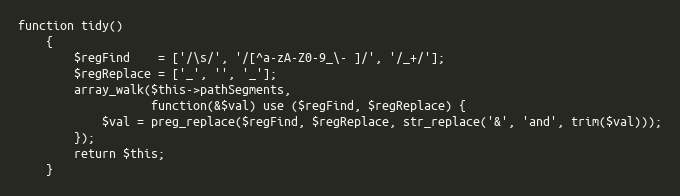
Language: PHP
function tidy()
    {
        $regFind    = ['/\s/', '/[^a-zA-Z0-9_\- ]/', '/_+/'];
        $regReplace = ['_', '', '_'];
        array_walk($this->pathSegments,
                   function(&$val) use ($regFind, $regReplace) {
            $val = preg_replace($regFind, $regReplace, str_replace('&', 'and', trim($val)));
        });
        return $this;
    }